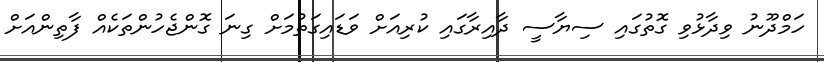
ހަމްދޫނު ވިދާޅުވި ގޮތުގައި ސިޔާސީ ދާއިރާގައި ކުރިއަށް ވަޑައިގަތުމަށް ގިނަ ގޮންޖެހުންތަކެއް ފާތިންއަށް